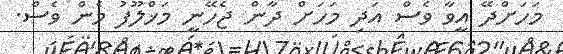
މަހަށްދޭ އީވާ ވެސް އަދި މަހަށް ދާން ޖެހޭނީ މަޚްލޫފު މެން ވެސް.